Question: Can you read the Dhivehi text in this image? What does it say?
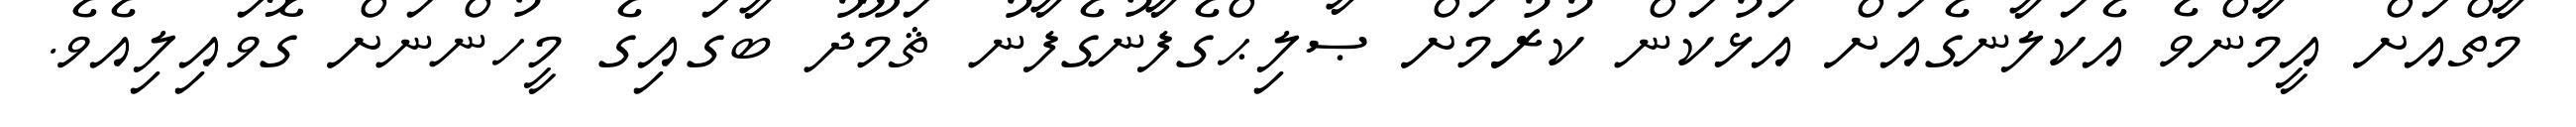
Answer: މާތްއަށް އީމާންވެ އެކަލާނގެއަށް އަޅުކަން ކުރުމަށް ޞާލިޙްގެފާނުގެފާނު ޘަމޫދު ބާގައިގެ މީހުންނަށް ގޮވައިލިއެވެ.